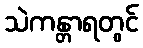
သဲကန္တာရတွင်